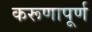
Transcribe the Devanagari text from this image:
करूणापूर्ण